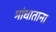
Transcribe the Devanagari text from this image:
मांधाताना